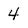
Character: 4